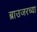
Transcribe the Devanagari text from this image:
ब्राउजरच्या